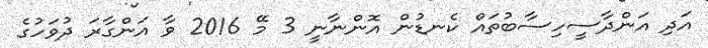
އަދި އަންދާސީހިސާބުތައް ކެނޑުން އޮންނާނީ 3 މޭ 2016 ވާ އަންގާރަ ދުވަހުގެ